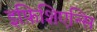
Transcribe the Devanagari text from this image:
इफ़िशिएन्सि